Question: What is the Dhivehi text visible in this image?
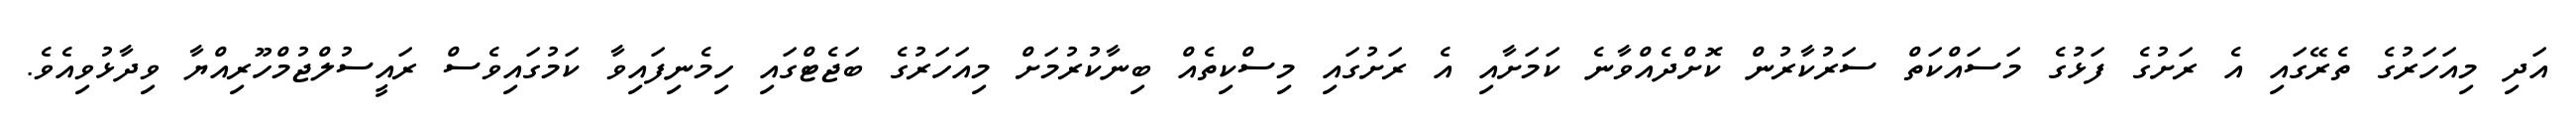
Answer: އަދި މިއަހަރުގެ ތެރޭގައި އެ ރަށުގެ ފަޅުގެ މަސައްކަތް ސަރުކާރުން ކޮށްދެއްވާނެ ކަމަށާއި އެ ރަށުގައި މިސްކިތެއް ބިނާކުރުމަށް މިއަހަރުގެ ބަޖެޓްގައި ހިމެނިފައިވާ ކަމުގައިވެސް ރައީސުލްޖުމްހޫރިއްޔާ ވިދާޅުވިއެވެ.